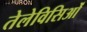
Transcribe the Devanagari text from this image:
तेलेविसिओं